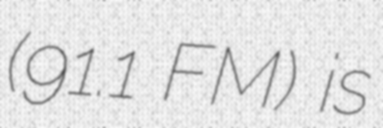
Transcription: (91.1 FM) is